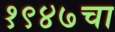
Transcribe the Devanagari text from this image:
१९४७चा